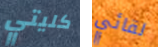
كليتي لقائي